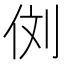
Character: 𰂁